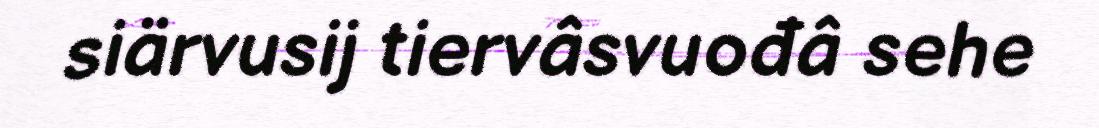
siärvusij tiervâsvuođâ sehe